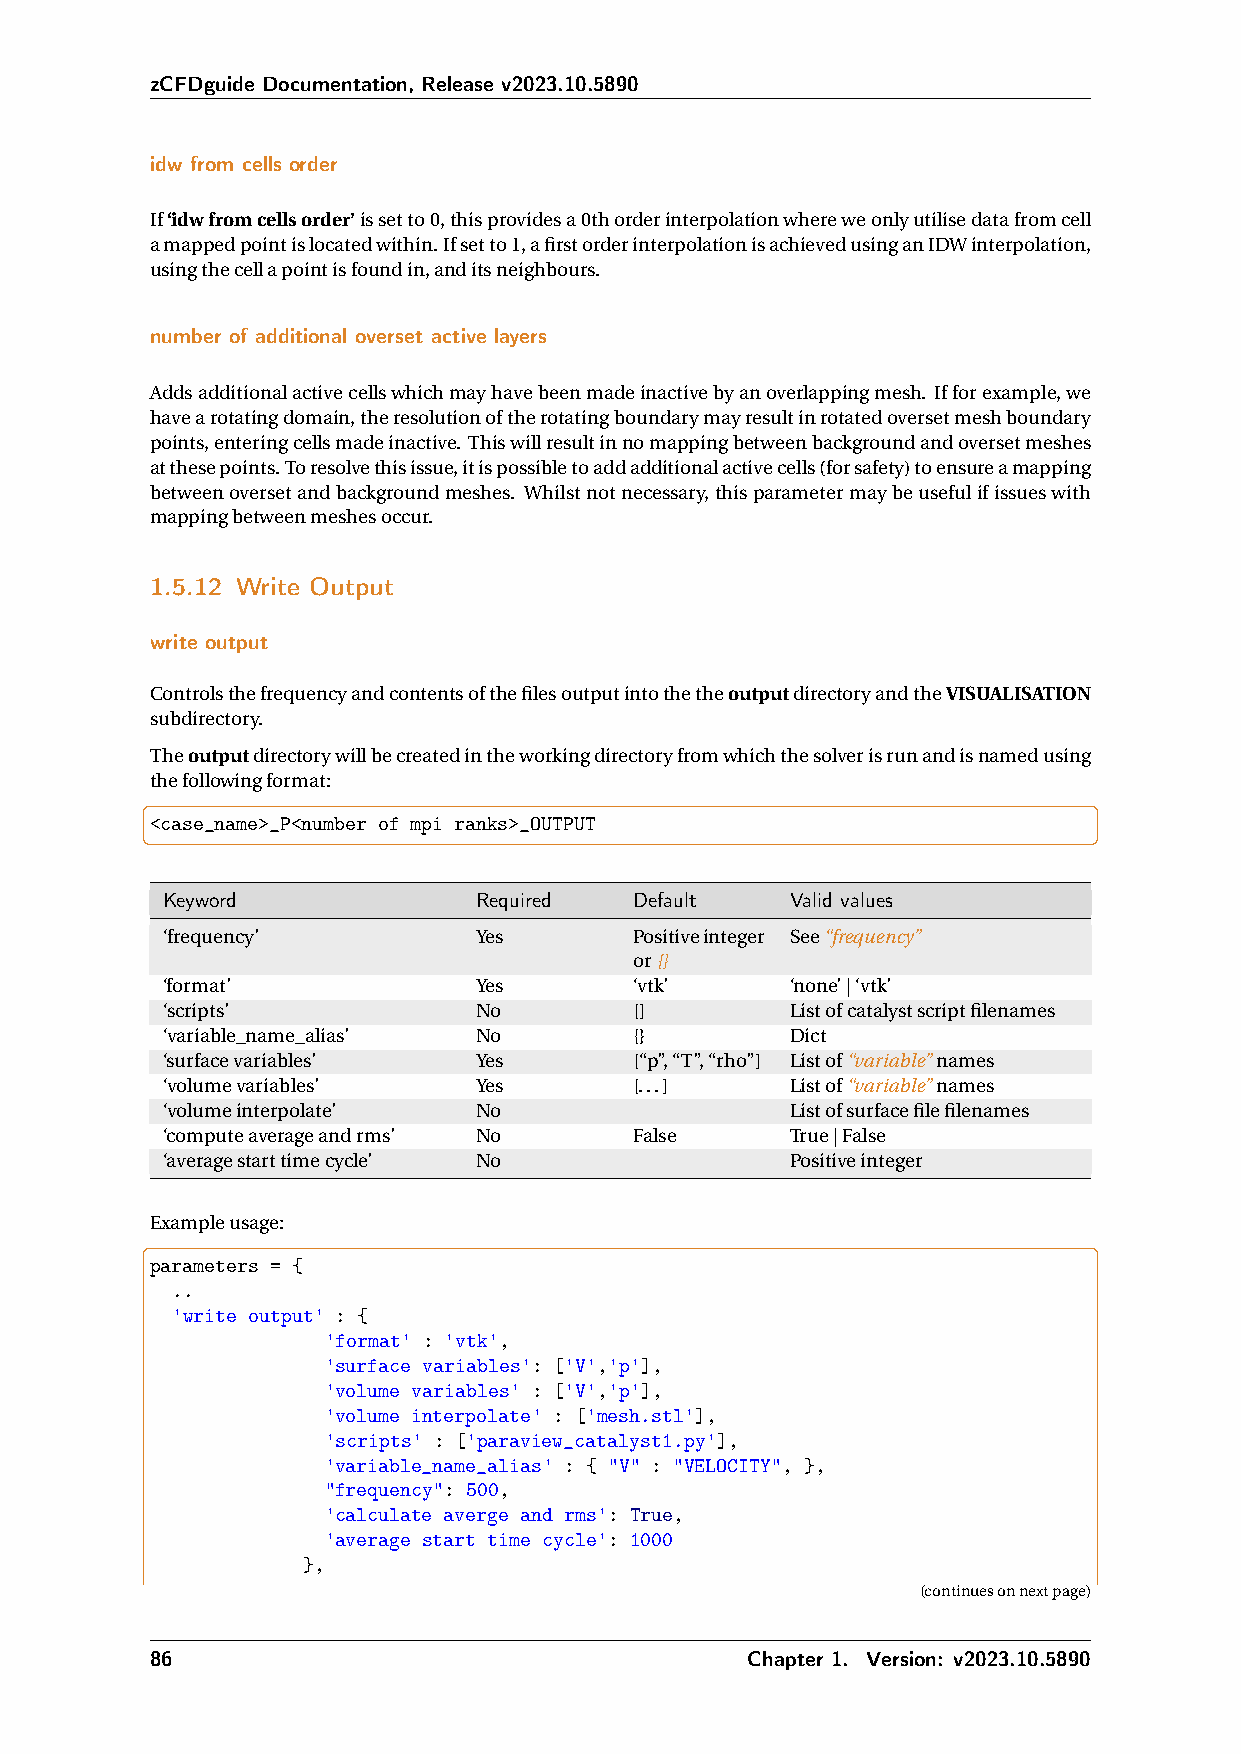
zCFDguide Documentation, Release v2023.10.5890
 idw from cells order
 If‘idwfromcellsorder’issetto0,thisprovidesa0thorderinterpolationwhereweonlyutilisedatafromcell
 amappedpointislocatedwithin.Ifsetto1,afirstorderinterpolationisachievedusinganIDWinterpolation,
 usingthecellapointisfoundin,anditsneighbours.
 number of additional overset active layers
 Addsadditionalactivecellswhichmayhavebeenmadeinactivebyanoverlappingmesh. Ifforexample,we
 havearotatingdomain,theresolutionoftherotatingboundarymayresultinrotatedoversetmeshboundary
 points,enteringcellsmadeinactive. Thiswillresultinnomappingbetweenbackgroundandoversetmeshes
 atthesepoints.Toresolvethisissue,itispossibletoaddadditionalactivecells(forsafety)toensureamapping
 betweenoversetandbackgroundmeshes. Whilstnotnecessary,thisparametermaybeusefulifissueswith
 mappingbetweenmeshesoccur.
 1.5.12 Write Output
 write output
 ControlsthefrequencyandcontentsofthefilesoutputintothetheoutputdirectoryandtheVISUALISATION
 subdirectory.
 Theoutputdirectorywillbecreatedintheworkingdirectoryfromwhichthesolverisrunandisnamedusing
 thefollowingformat:
 <case_name>_P<number of mpi ranks>_OUTPUT
 Keyword              Required  Default   Valid values
 ‘frequency’          Yes       Positiveinteger See“frequency”
 or{}
 ‘format’             Yes       ‘vtk’     ‘none’|‘vtk’
 ‘scripts’            No        []        Listofcatalystscriptfilenames
 ‘variable_name_alias’ No       {}        Dict
 ‘surfacevariables’   Yes       [“p”,“T”,“rho”] Listof“variable”names
 ‘volumevariables’    Yes       [...]     Listof“variable”names
 ‘volumeinterpolate’  No                  Listofsurfacefilefilenames
 ‘computeaverageandrms’ No      False     True|False
 ‘averagestarttimecycle’ No               Positiveinteger
 Exampleusage:
 parameters = {
 ..
 'write output' : {
 'format' : 'vtk',
 'surface variables': ['V','p'],
 'volume variables' : ['V','p'],
 'volume interpolate' : ['mesh.stl'],
 'scripts' : ['paraview_catalyst1.py'],
 'variable_name_alias' : { "V" : "VELOCITY", },
 "frequency": 500,
 'calculate averge and rms': True,
 'average start time cycle': 1000
 },
 (continuesonnextpage)
 86                                      Chapter 1. Version: v2023.10.5890